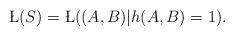
LaTeX: \begin{align*} \L(S) = \L( (A,B) | h(A,B)=1 ). \end{align*}